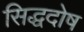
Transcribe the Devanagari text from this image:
सिद्धदोष